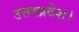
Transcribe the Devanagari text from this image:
उत्तरप्रदेश।